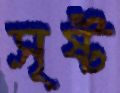
সৃষ্ট